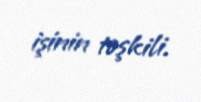
işinin təşkili.